Lunatic asylums Bombay report 1878-1890 - 1878-1890
Year: 1878
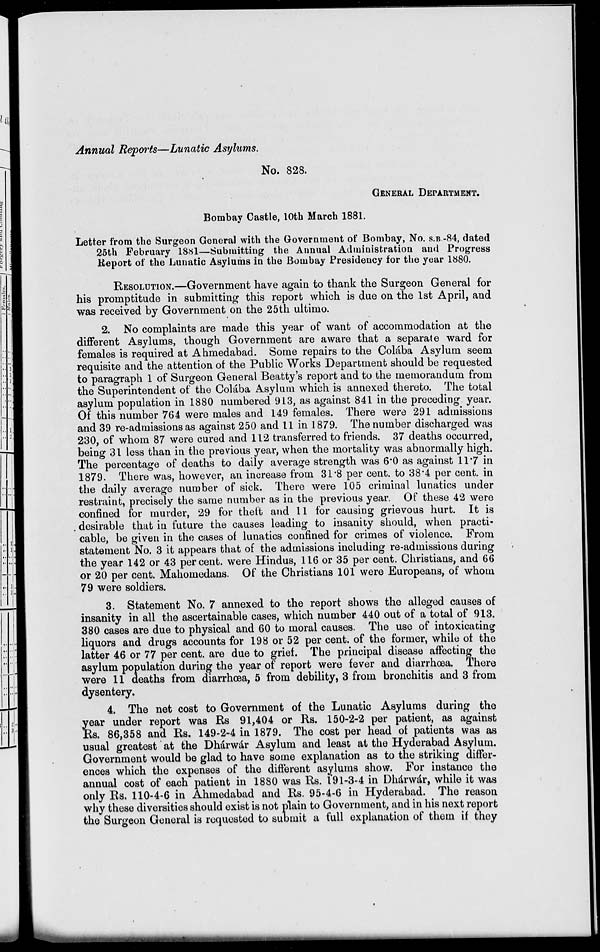
Annual Reports—Lunatic Asylums.
No. 828.
GENERAL DEPARTMENT.
Bombay Castle, 10th March 1881.
Letter from the Surgeon General with the Government of Bombay, No. S.B. -84, dated
25th February 1881—Submitting the Annual Administration and Progress
Report of the Lunatic Asylums in the Bombay Presidency for the year 1880.
RESOLUTION.—Government have again to thank the Surgeon General for
his promptitude in submitting this report which is due on the 1st April, and
was received by Government on the 25th ultimo.
2. No complaints are made this year of want of accommodation at the
different Asylums, though Government are aware that a separate ward for
females is required at Ahmedabad. Some repairs to the Colába Asylum seem
requisite and the attention of the Public Works Department should be requested
to paragraph 1 of Surgeon General Beatty's report and to the memorandum from
the Superintendent of the Colába Asylum which is annexed thereto. The total
asylum population in 1880 numbered 913, as against 841 in the preceding year.
Of this number 764 were males and 149 females. There were 291 admissions
and 39 re-admissions as against 250 and 11 in 1879. The number discharged was
230, of whom 87 were cured and 112 transferred to friends. 37 deaths occurred,
being 31 less than in the previous year, when the mortality was abnormally high.
The percentage of deaths to daily average strength was 6.0 as against 11.7 in
1879. There was, however, an increase from 31.8 per cent. to 38.4 per cent. in
the daily average number of sick. There were 105 criminal lunatics under
restraint, precisely the same number as in the previous year. Of these 42 were
confined for murder, 29 for theft and 11 for causing grievous hurt. It is
desirable that in future the causes leading to insanity should, when practi-
cable, be given in the cases of lunatics confined for crimes of violence. From
statement No. 3 it appears that of the admissions including re-admissions during
the year 142 or 43 percent. were Hindus, 116 or 35 per cent. Christians, and 66
or 20 per cent. Mahomedans. Of the Christians 101 were Europeans, of whom
79 were soldiers.
3. Statement No. 7 annexed to the report shows the alleged causes of
insanity in all the ascertainable cases, which number 440 out of a total of 913.
380 cases are due to physical and 60 to moral causes. The use of intoxicating
liquors and drugs accounts for 198 or 52 per cent. of the former, while of the
latter 46 or 77 per cent. are due to grief. The principal disease affecting the
asylum population during the year of report were fever and diarrhoea. There
were 11 deaths from diarrhœa, 5 from debility, 3 from bronchitis and 3 from
dysentery.
4. The net cost to Government of the Lunatic Asylums during the
year under report was Rs 91,404 or Rs. 150-2-2 per patient, as against
Rs. 86,358 and Rs. 149-2-4 in 1879. The cost per head of patients was as
usual greatest at the Dhárwár Asylum and least at the Hyderabad Asylum.
Government would be glad to have some explanation as to the striking differ-
ences which the expenses of the different asylums show. For instance the
annual cost of each patient in 1880 was Rs. 191-3-4 in Dhárwár, while it was
only Rs. 110-4-6 in Ahmedabad and Rs. 95-4-6 in Hyderabad. The reason
why these diversities should exist is not plain to Government, and in his next report
the Surgeon General is requested to submit a full explanation of them if they